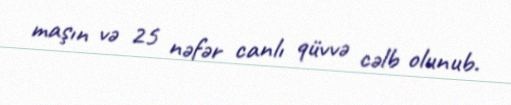
maşın və 25 nəfər canlı qüvvə cəlb olunub.